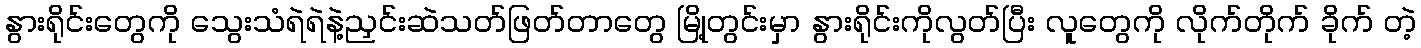
နွားရိုင်းတွေကို သွေးသံရဲရဲနဲ့ညှင်းဆဲသတ်ဖြတ်တာတွေ မြို့တွင်းမှာ နွားရိုင်းကိုလွတ်ပြီး လူတွေကို လိုက်တိုက် ခိုက် တဲ့